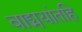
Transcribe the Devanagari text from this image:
वाड्मयांतहि